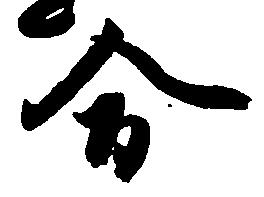
合